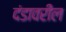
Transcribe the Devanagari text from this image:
दंडावरील